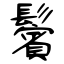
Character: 鬢